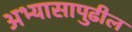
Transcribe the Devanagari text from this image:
अभ्यासापुढील